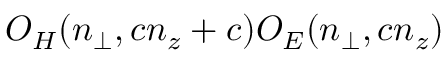
O _ { H } ( n _ { \perp } , c n _ { z } + c ) O _ { E } ( n _ { \perp } , c n _ { z } )